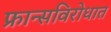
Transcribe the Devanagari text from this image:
फ्रान्सविरोधात